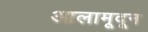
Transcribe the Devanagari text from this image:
आलामूदून